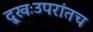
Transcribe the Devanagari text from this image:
दुखःउपरांतच